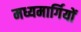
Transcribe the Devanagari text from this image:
मध्यमार्गियों